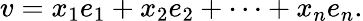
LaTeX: v=x_{1}e_{1}+x_{2}e_{2}+\dotsb+x_{n}e_{n}.